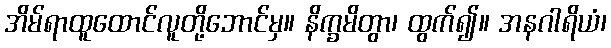
အိမ်ရာထူထောင်လူတို့ဘောင်မှ။ နိက္ခမိတွာ၊ ထွက်၍။ အနဂါရိယံ၊